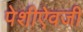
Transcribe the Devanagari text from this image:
पेशीऐवजी